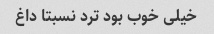
خیلی خوب بود ترد نسبتا داغ